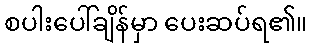
စပါးပေါ်ချိန်မှာ ပေးဆပ်ရ၏။